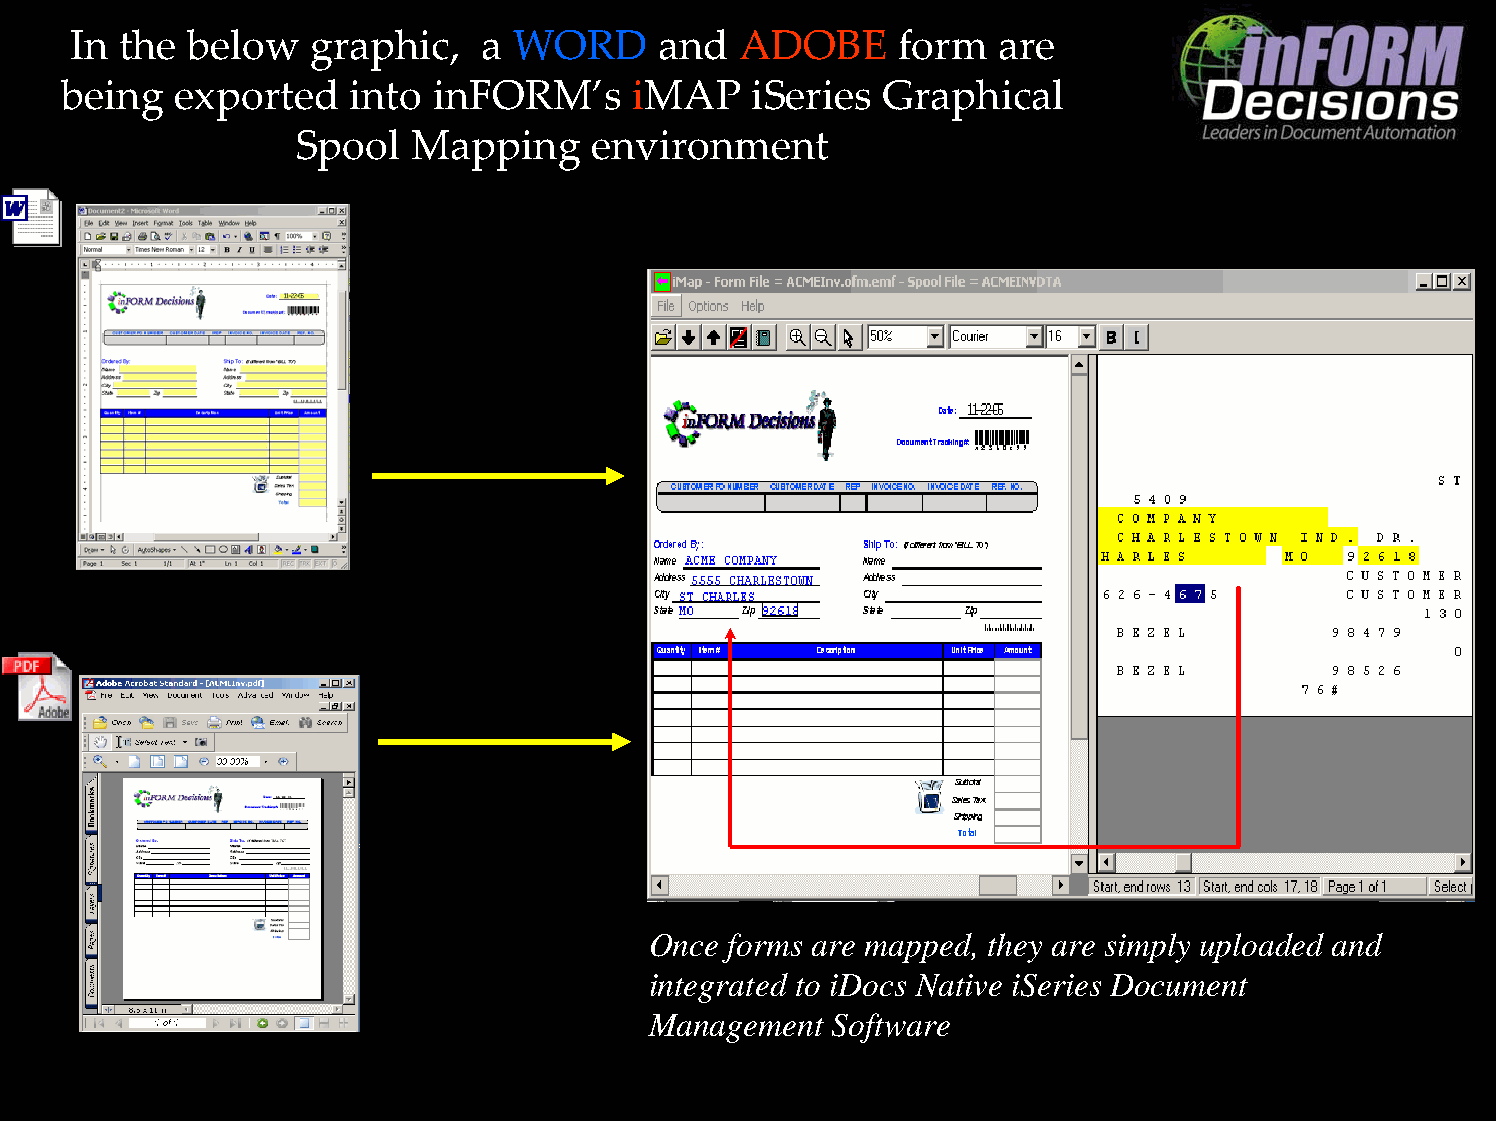
In the below    graphic,   a WORD      and  ADOBE      form  are
 being   exported   into  inFORM’s     iMAP    iSeries  Graphical
 Spool  Mapping     environment
 Once forms are mapped, they are simply uploaded and
 integrated to iDocs Native iSeries Document
 Management  Software